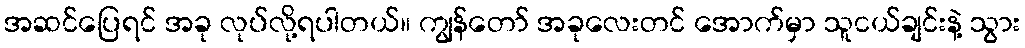
အဆင်ပြေရင် အခု လုပ်လို့ရပါတယ်။ ကျွန်တော် အခုလေးတင် အောက်မှာ သူငယ်ချင်းနဲ့ သွား